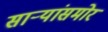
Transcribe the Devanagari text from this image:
साऱ्यांसमोर